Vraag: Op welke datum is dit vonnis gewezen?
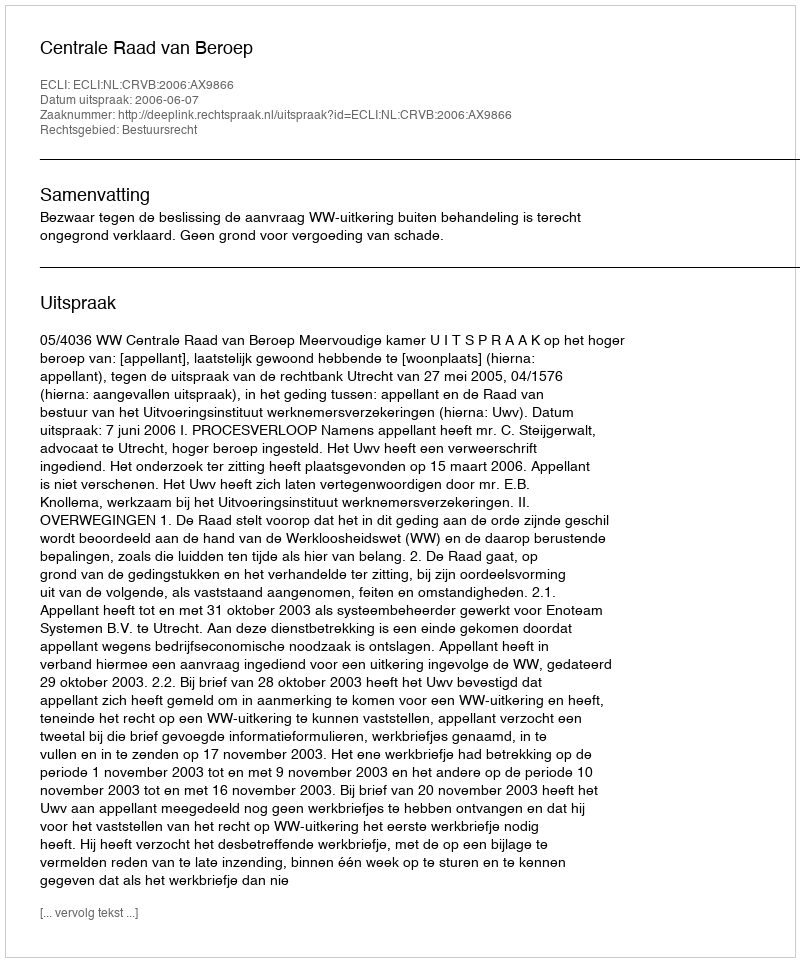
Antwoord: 2006-06-07